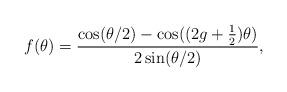
LaTeX: \begin{align*} f(\theta) = \frac{ \cos( \theta/2) - \cos( (2g+\frac{1}{2}) \theta)}{2 \sin (\theta/2)}, \end{align*}